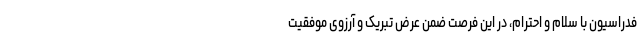
فدراسیون با سلام و احترام، در این فرصت ضمن عرض تبریک و آرزوی موفقیت